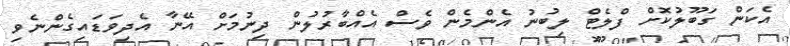
އެކަން ގަބޫލުކޮށް ފްލެޓް ލިބުނު އެންމެން ވެސް އެއްބާރުލުން ދިނުމަށް އޭނާ އެދިވަޑައިގެންނެވި